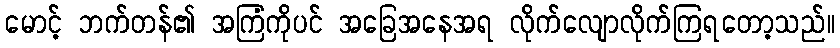
မောင့် ဘက်တန်၏ အကြံကိုပင် အခြေအနေအရ လိုက်လျောလိုက်ကြရတော့သည်။